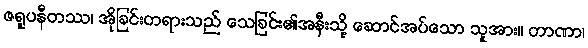
ဇရူပနီတဿ၊ အိုခြင်းတရားသည် သေခြင်း၏အနီးသို့ ဆောင်အပ်သော သူအား။ တာဏာ၊